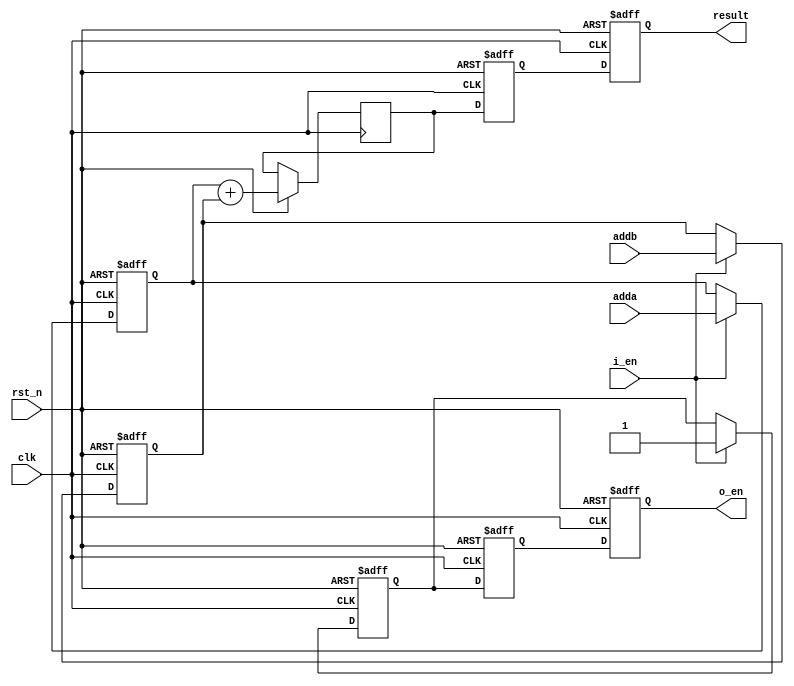
module adder_pipe_64bit(
    input clk,
    input rst_n,
    input i_en,
    input [63:0] adda,
    input [63:0] addb,
    output reg [64:0] result,
    output reg o_en
);

    // Pipeline stage registers
    reg [63:0] stage_adda;
    reg [63:0] stage_addb;
    reg stage_i_en;

    // Temp register for the sum of A and B
    reg [64:0] sum;

    // Pipeline registers for the sum
    reg [64:0] stage_sum;
    reg stage_sum_valid;

    // Synchronous reset and pipeline register control
    always @(posedge clk or negedge rst_n) begin
        if (!rst_n) begin
            // Reset all pipeline registers
            stage_adda <= 64'd0;
            stage_addb <= 64'd0;
            stage_i_en <= 1'b0;
            stage_sum <= 65'd0;
            stage_sum_valid <= 1'b0;
            result <= 65'd0;
            o_en <= 1'b0;
        end else begin
            // Move data through the pipeline on each clock edge
            if (i_en) begin
                // Latch inputs into the pipeline
                stage_adda <= adda;
                stage_addb <= addb;
                stage_i_en <= i_en;
            end

            // Perform addition in the first pipeline stage
            sum <= stage_adda + stage_addb;

            // Move result to the next pipeline stage
            stage_sum <= sum;
            stage_sum_valid <= stage_i_en;

            // The final result and output enable are updated in the last pipeline stage
            result <= stage_sum;
            o_en <= stage_sum_valid;
        end
    end

endmodule